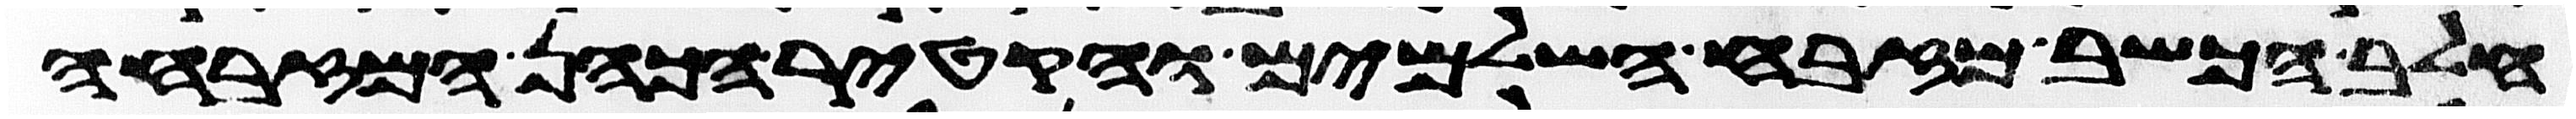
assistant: חלב הכשב מזבח השלמים והקטיר הכהן המזבחה